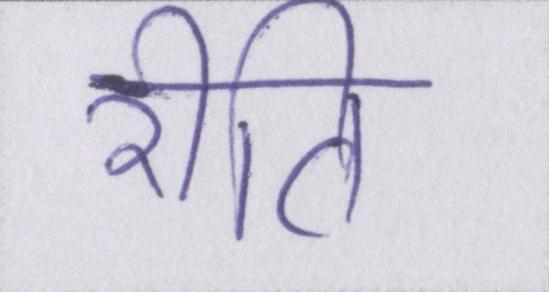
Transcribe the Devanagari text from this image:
रीति